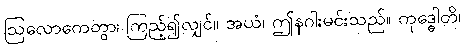
ဩလောကေတွာ၊ ကြည့်၍လျှင်။ အယံ၊ ဤနဂါးမင်းသည်။ ကုဒ္ဓေါတိ၊